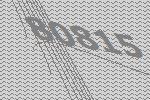
80815